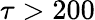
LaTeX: \tau>200